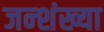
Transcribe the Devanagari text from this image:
जन्शंख्या